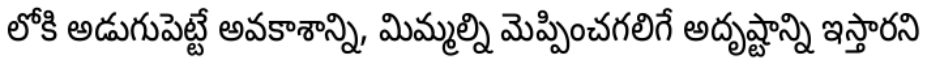
లోకి అడుగుపెట్టే అవకాశాన్ని, మిమ్మల్ని మెప్పించగలిగే అదృష్టాన్ని ఇస్తారని